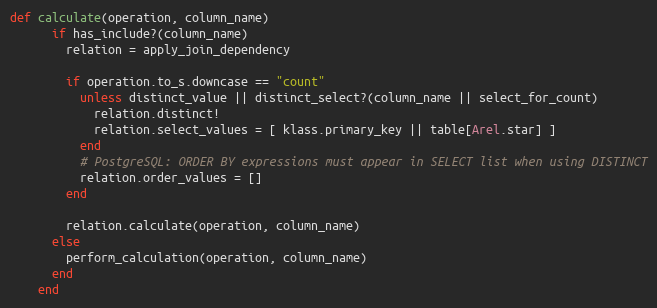
Language: Ruby
def calculate(operation, column_name)
      if has_include?(column_name)
        relation = apply_join_dependency

        if operation.to_s.downcase == "count"
          unless distinct_value || distinct_select?(column_name || select_for_count)
            relation.distinct!
            relation.select_values = [ klass.primary_key || table[Arel.star] ]
          end
          # PostgreSQL: ORDER BY expressions must appear in SELECT list when using DISTINCT
          relation.order_values = []
        end

        relation.calculate(operation, column_name)
      else
        perform_calculation(operation, column_name)
      end
    end